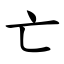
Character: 亡